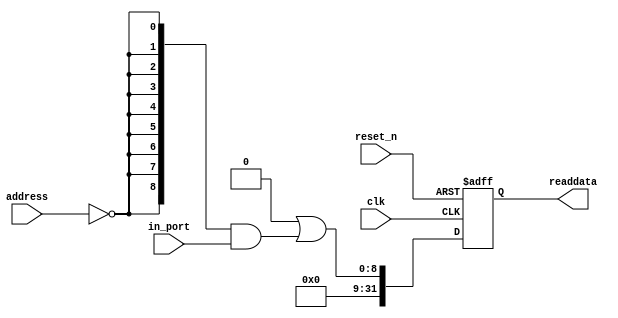
module spw_babasu_DATA_O (
                           // inputs:
                            address,
                            clk,
                            in_port,
                            reset_n,

                           // outputs:
                            readdata
                         )
;

  output  [ 31: 0] readdata;
  input   [  1: 0] address;
  input            clk;
  input   [  8: 0] in_port;
  input            reset_n;


wire             clk_en;
wire    [  8: 0] data_in;
wire    [  8: 0] read_mux_out;
reg     [ 31: 0] readdata;
  assign clk_en = 1;
  //s1, which is an e_avalon_slave
  assign read_mux_out = {9 {(address == 0)}} & data_in;
  always @(posedge clk or negedge reset_n)
    begin
      if (reset_n == 0)
          readdata <= 0;
      else if (clk_en)
          readdata <= {32'b0 | read_mux_out};
    end


  assign data_in = in_port;

endmodule